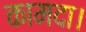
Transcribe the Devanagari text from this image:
कामदा।